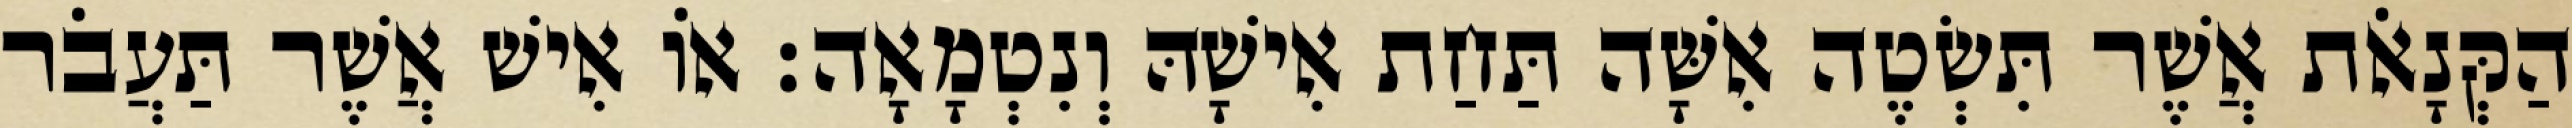
הַקְּנָאֹת אֲשֶׁר תִּשְׂטֶה אִשָּׁה תַּחַת אִישָׁהּ וְנִטְמָאָה׃ אוֹ אִישׁ אֲשֶׁר תַּעֲבֹר